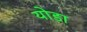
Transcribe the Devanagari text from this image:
योडा